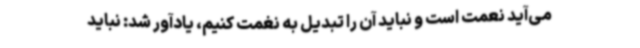
می‌آید نعمت است و نباید آن را تبدیل به نغمت کنیم، یادآور شد: نباید